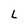
Character: L